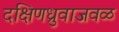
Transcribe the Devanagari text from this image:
दक्षिणध्रुवाजवळ